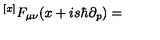
{ ^ { [ x ] } F _ { \mu \nu } } ( x + i s \hbar \partial _ { p } ) =